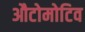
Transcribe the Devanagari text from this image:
औटोमोटिव